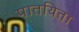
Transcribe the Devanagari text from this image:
पातयिता